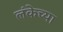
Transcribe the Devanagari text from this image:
लंकेच्या